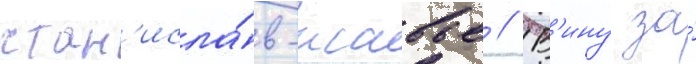
стан'исла́в-ксавье // В'ину за́